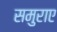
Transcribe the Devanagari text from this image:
समुराए